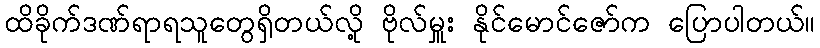
ထိခိုက်ဒဏ်ရာရသူတွေရှိတယ်လို့ ဗိုလ်မှူး နိုင်မောင်ဇော်က ပြောပါတယ်။